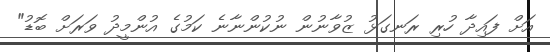
އަށް ފައިދާ ހުރި ރަނގަޅު ޒުވާނުން ނުކުންނާނެ ކަމުގެ އުންމީދު ވަރަށް ބޮޑު"